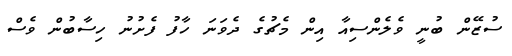
ސުޒޭން ބުނީ ވެލެންސިއާ އިން މެޗުގެ ދެވަނަ ހާފު ފެށުނު ހިސާބުން ވެސް